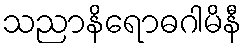
သညာနိရောဓဂါမိနီ